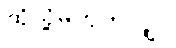
ထိုသို့မဟုတ်လျှင်